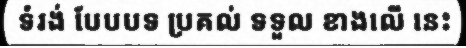
ទំរង់ បែបបទ ប្រគល់ ទទួល ខាងលើ នេះ